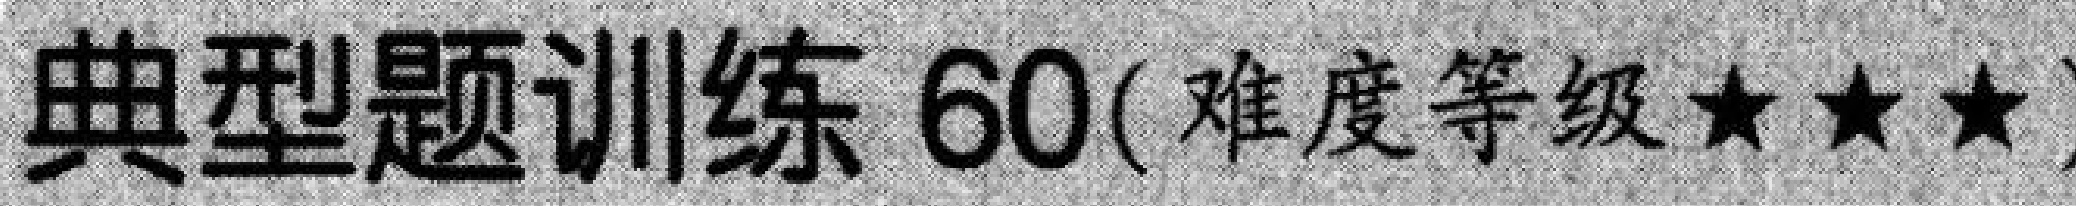
典型题训练 \(60\)( 难度等级\(★★★\))